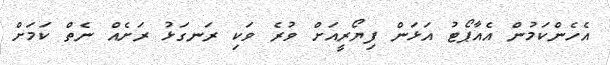
އެހެންކަމުން އެއާޕޯޓު އަޅަން ފިޔޯރީއަށް ވުރެ ވަކި ރަނގަޅު ރަށެއް ނެތް ކަމަށް